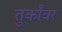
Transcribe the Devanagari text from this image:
तुर्कांवर